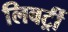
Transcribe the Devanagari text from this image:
लिबर्ट्री